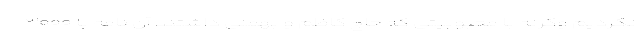
نکردیم وگرنه با محبوبیتی که حاج کاظم و بهمنی داشتند آن نامه با ۳۰۰۰